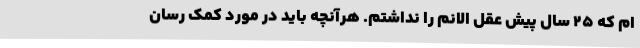
ام که ۲۵ سال پیش عقل الانم را نداشتم. هرآنچه باید در مورد کمک رسان